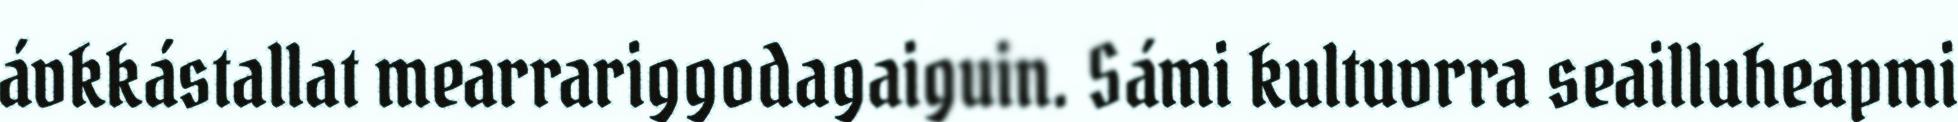
ávkkástallat mearrariggodagaiguin. Sámi kultuvrra seailluheapmi